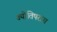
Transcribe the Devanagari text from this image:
ज्योतिषराय